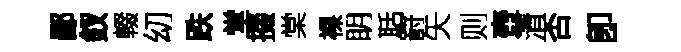
鄙釵輟㓜跌堂掇棠裸眀聒罸矢则壺清否卽